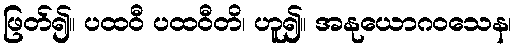
ဖြတ်၍။ ပထဝီ ပထဝီတိ၊ ဟူ၍။ အနုယောဂဝသေန၊